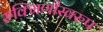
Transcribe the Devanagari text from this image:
रुक्मिणीस्वरुप